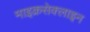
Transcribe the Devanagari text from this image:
माइक्रसेक्लाइन